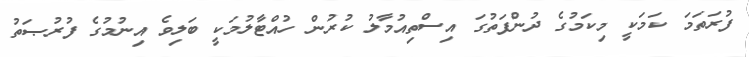
ފުރަތަމަ ކަމަކީ މިކަމުގެ ދުންފަތުގަ އިސްތިއުމާލު ކުރުން ހުއްޓާލުމަކީ ބަލިވެ އިނުމުގެ ފުރުޞަތު